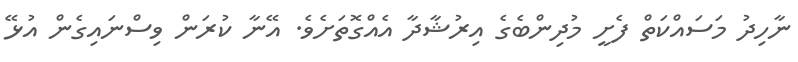
ނާހިދު މަސައްކަތް ފެށީ މުދިންބެގެ އިރުޝާދާ އެއްގޮތަށެވެ. އޭނާ ކުރަން ވިސްނައިގެން އުޅޭ